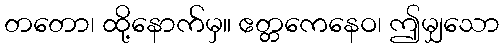
တတော၊ ထို့နောက်မှ။ ဧတ္တကေနေဝ၊ ဤမျှသော